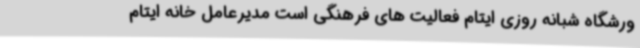
ورشگاه شبانه روزی ایتام فعالیت های فرهنگی است مدیرعامل خانه ایتام